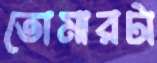
তোমারটা